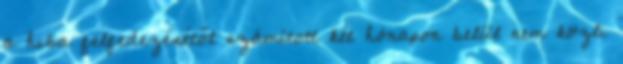
a hiba felfedezésétől számított két hónapon belül nem közli